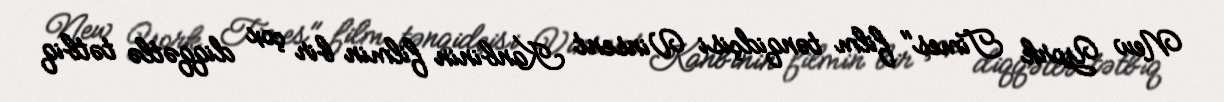
New York Times" film tənqidçisi Vinsent Kanbinin filmin bir çox diqqətlə tətbiq